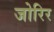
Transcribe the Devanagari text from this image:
जोरिर